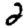
Digit: 2